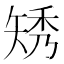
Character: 𥏗